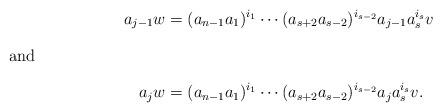
LaTeX: \begin{align*}a_{j-1}w & =(a_{n-1}a_1)^{i_1}\dotsm(a_{s+2}a_{s-2})^{i_{s-2}}a_{j-1}a_s^{i_s}v\intertext{and}a_jw & =(a_{n-1}a_1)^{i_1}\dotsm(a_{s+2}a_{s-2})^{i_{s-2}}a_ja_s^{i_s}v.\end{align*}